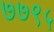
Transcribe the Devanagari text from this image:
७७९५